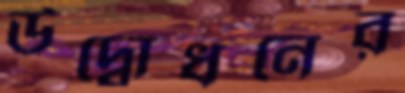
উদ্বোধনের